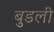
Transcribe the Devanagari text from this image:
बुडली